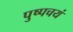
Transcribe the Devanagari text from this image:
पुष्पचयं